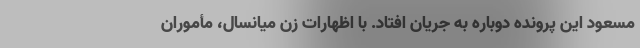
مسعود این پرونده دوباره به جریان افتاد. با اظهارات زن میانسال، مأموران